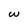
Character: w